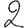
Digit: 2